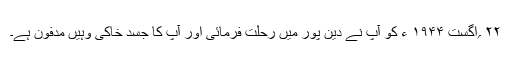
۲۲ ؍اگست ۱۹۴۴ ء کو آپ نے دین پور میں رحلت فرمائی اور آپ کا جسد خاکی وہیں مدفون ہے۔